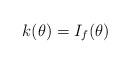
LaTeX: \begin{align*} k(\theta)=I_f(\theta)\end{align*}